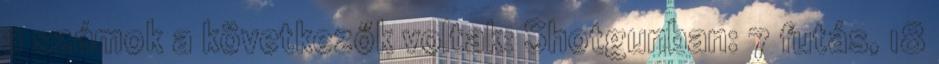
a számok a következők voltak: Shotgunban: 7 futás, 18